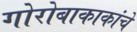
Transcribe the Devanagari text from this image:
गोरोबाकाकांचे